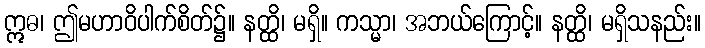
ဣဓ၊ ဤမဟာဝိပါက်စိတ်၌။ နတ္ထိ၊ မရှိ။ ကသ္မာ၊ အဘယ်ကြောင့်။ နတ္ထိ၊ မရှိသနည်း။